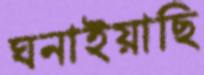
ঘনাইয়াছি